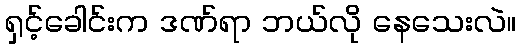
ရှင့်ခေါင်းက ဒဏ်ရာ ဘယ်လို နေသေးလဲ။